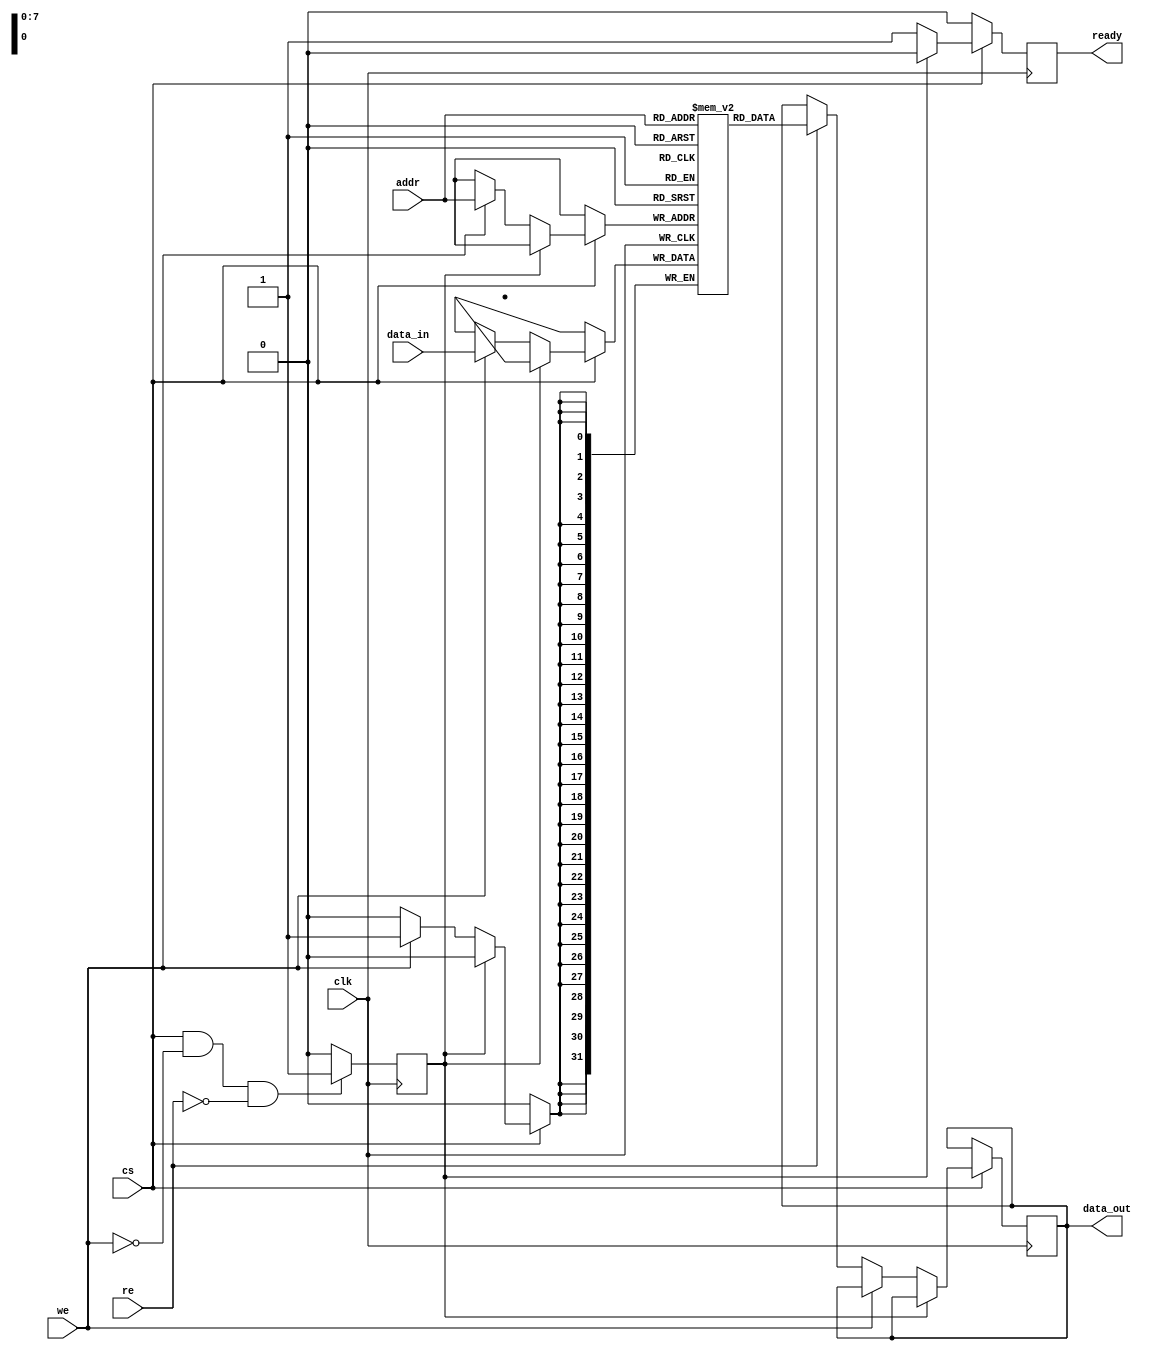
module eSRAM #(
    parameter ADDR_WIDTH = 8,  // Address width (e.g., 8 for 256x32)
    parameter DATA_WIDTH = 32,  // Data width (e.g., 32 bits)
    parameter MEM_DEPTH = 256    // Memory depth (e.g., 256 words)
)(
    input wire clk,              // Clock signal
    input wire cs,               // Chip Select
    input wire we,               // Write Enable
    input wire re,               // Read Enable
    input wire [ADDR_WIDTH-1:0] addr, // Address bus
    input wire [DATA_WIDTH-1:0] data_in, // Data input
    output reg [DATA_WIDTH-1:0] data_out, // Data output
    output reg ready             // Ready signal for operation
);

    // Memory array declaration
    reg [DATA_WIDTH-1:0] memory [0:MEM_DEPTH-1];

    // Power management: simple power-down mode
    reg power_down;

    // Initialize memory on power-up or reset
    initial begin
        ready = 1'b0;
        power_down = 1'b0;
        // Optionally initialize memory contents here
        // For example: memory[0] = 32'hDEADBEEF;
    end

    // Read/Write operations
    always @(posedge clk) begin
        if (!cs) begin
            ready <= 1'b0; // Not ready if chip is not selected
        end else if (power_down) begin
            ready <= 1'b0; // Not ready if in power-down mode
        end else begin
            if (we) begin
                // Write operation
                memory[addr] <= data_in;
                ready <= 1'b1; // Operation complete
            end else if (re) begin
                // Read operation
                data_out <= memory[addr];
                ready <= 1'b1; // Operation complete
            end else begin
                // Idle state
                ready <= 1'b1; // Still ready, but no operation
            end
        end
    end

    // Power management control (example)
    always @(posedge clk) begin
        if (cs && !we && !re) begin
            power_down <= 1'b1; // Enter power-down mode if idle
        end else begin
            power_down <= 1'b0; // Exit power-down mode on activity
        end
    end

endmodule